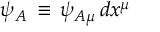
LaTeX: \psi _ { A } \, \equiv \, \psi _ { A \mu } \, d x ^ { \mu }